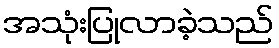
အသုံးပြုလာခဲ့သည်